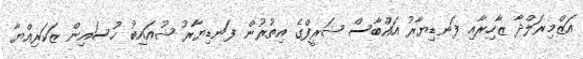
އަޒްމިރަލްދާ ޒާހިރާއި ފަނޑިޔާރު އައްބާސް ޝަރީފްގެ އިތުރުން ފަނޑިޔާރު ޝުއައިބު ހުސައިން ޒަކަރިއްޔާ